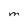
Character: M